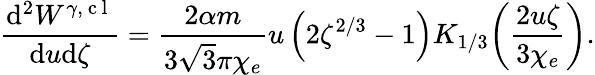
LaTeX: \frac{\mathrm{d}^{2}W^{\gamma,\mathrm{~c~l~}}}{\mathrm{d}u\mathrm{d}\zeta}=\frac{2\alpha m}{3\sqrt{3}\pi\chi_{e}}u\left(2\zeta^{2/3}-1\right)K_{1/3}\! \left(\frac{2u\zeta}{3\chi_{e}}\right).